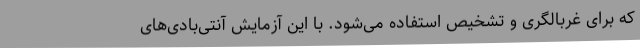
که برای غربالگری و تشخیص استفاده می‌شود. با این آزمایش آنتی‌بادی‌های